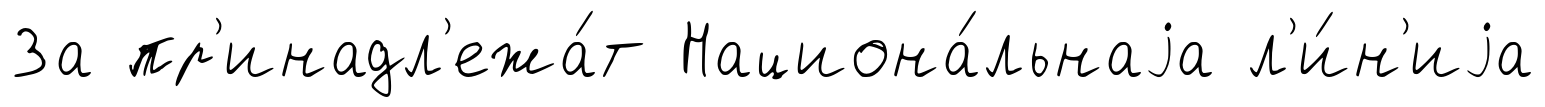
За пр'инадл'ежа́т Национа́льнаjа л'и́н'иjа